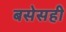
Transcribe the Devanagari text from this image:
बसेसही